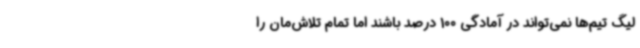
لیگ تیم‌ها نمی‌تواند در آمادگی 100 درصد باشند اما تمام تلاش‌مان را